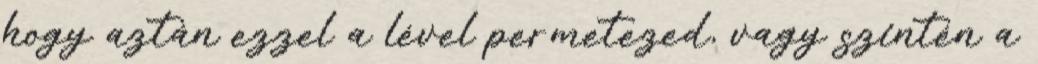
hogy aztán ezzel a lével permetezed, vagy szintén a